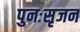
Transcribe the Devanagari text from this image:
पुनःसृजन